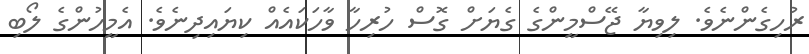
ރުހިގެންނެވެ. ލިވިޔާ ޖޭސްމީންގެ ގެޔަށް ގޮސް ހުރިހާ ވާހަކައެއް ކިޔައިދިނެވެ. އެމީހުންގެ ލޯބި